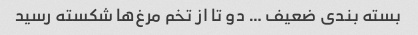
بسته بندی ضعیف … دو تا از تخم مرغ‌ها شکسته رسید